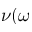
\nu ( \omega